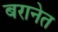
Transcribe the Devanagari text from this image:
बरानेत